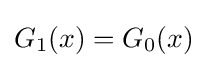
G_{1}(x)=G_{0}(x)